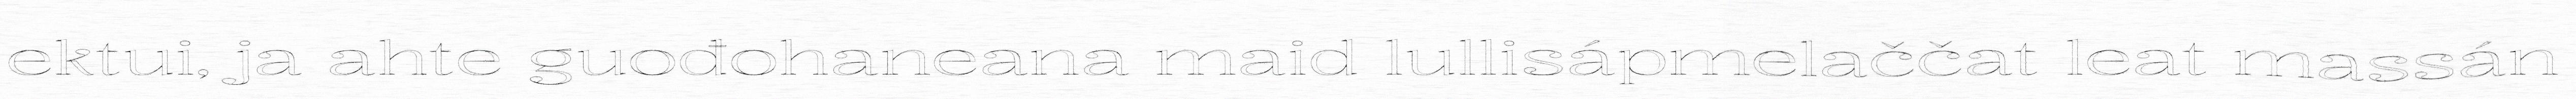
ektui, ja ahte guođohaneana maid lullisápmelaččat leat massán